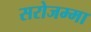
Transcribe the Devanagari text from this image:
सरोजम्मा